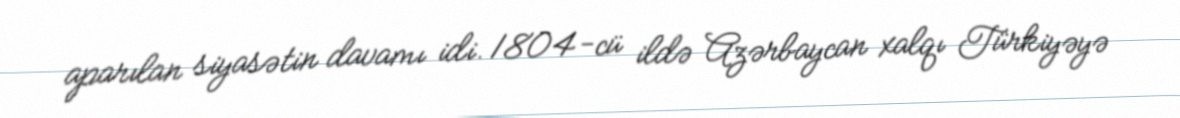
aparılan siyasətin davamı idi. 1804-cü ildə Azərbaycan xalqı Türkiyəyə